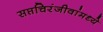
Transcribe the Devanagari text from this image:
सप्तचिरंजीवांमध्ये